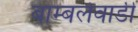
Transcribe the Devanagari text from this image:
बाम्बलेवाडी